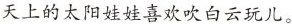
天上的太阳娃娃喜欢吹白云玩儿。